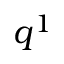
q ^ { 1 }